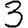
Digit: 3